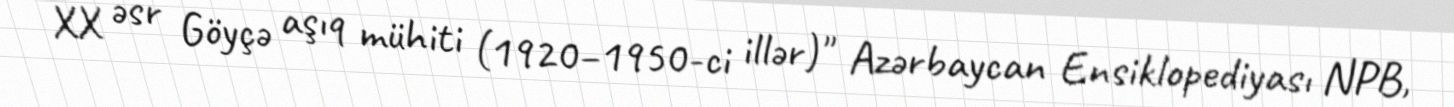
XX əsr Göyçə aşıq mühiti (1920–1950-ci illər)" Azərbaycan Ensiklopediyası NPB,